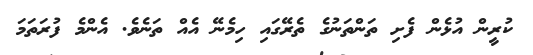
ކުރީން އުޅެން ފެށި ތަންތަނުގެ ތެރޭގައި ހިމެނޭ އެއް ތަނެވެ. އެންމެ ފުރަތަމަ